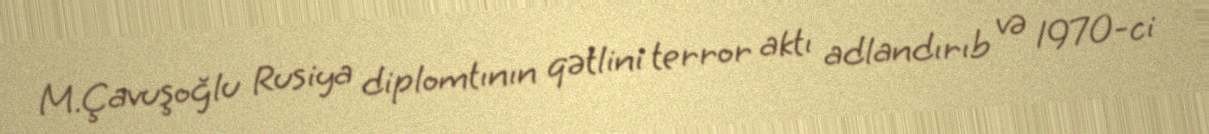
M.Çavuşoğlu Rusiya diplomtının qətlini terror aktı adlandırıb və 1970-ci